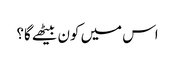
اس میں کون بیٹھے گا؟